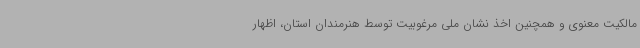
مالکیت معنوی و همچنین اخذ نشان ملی مرغوبیت توسط هنرمندان استان، اظهار